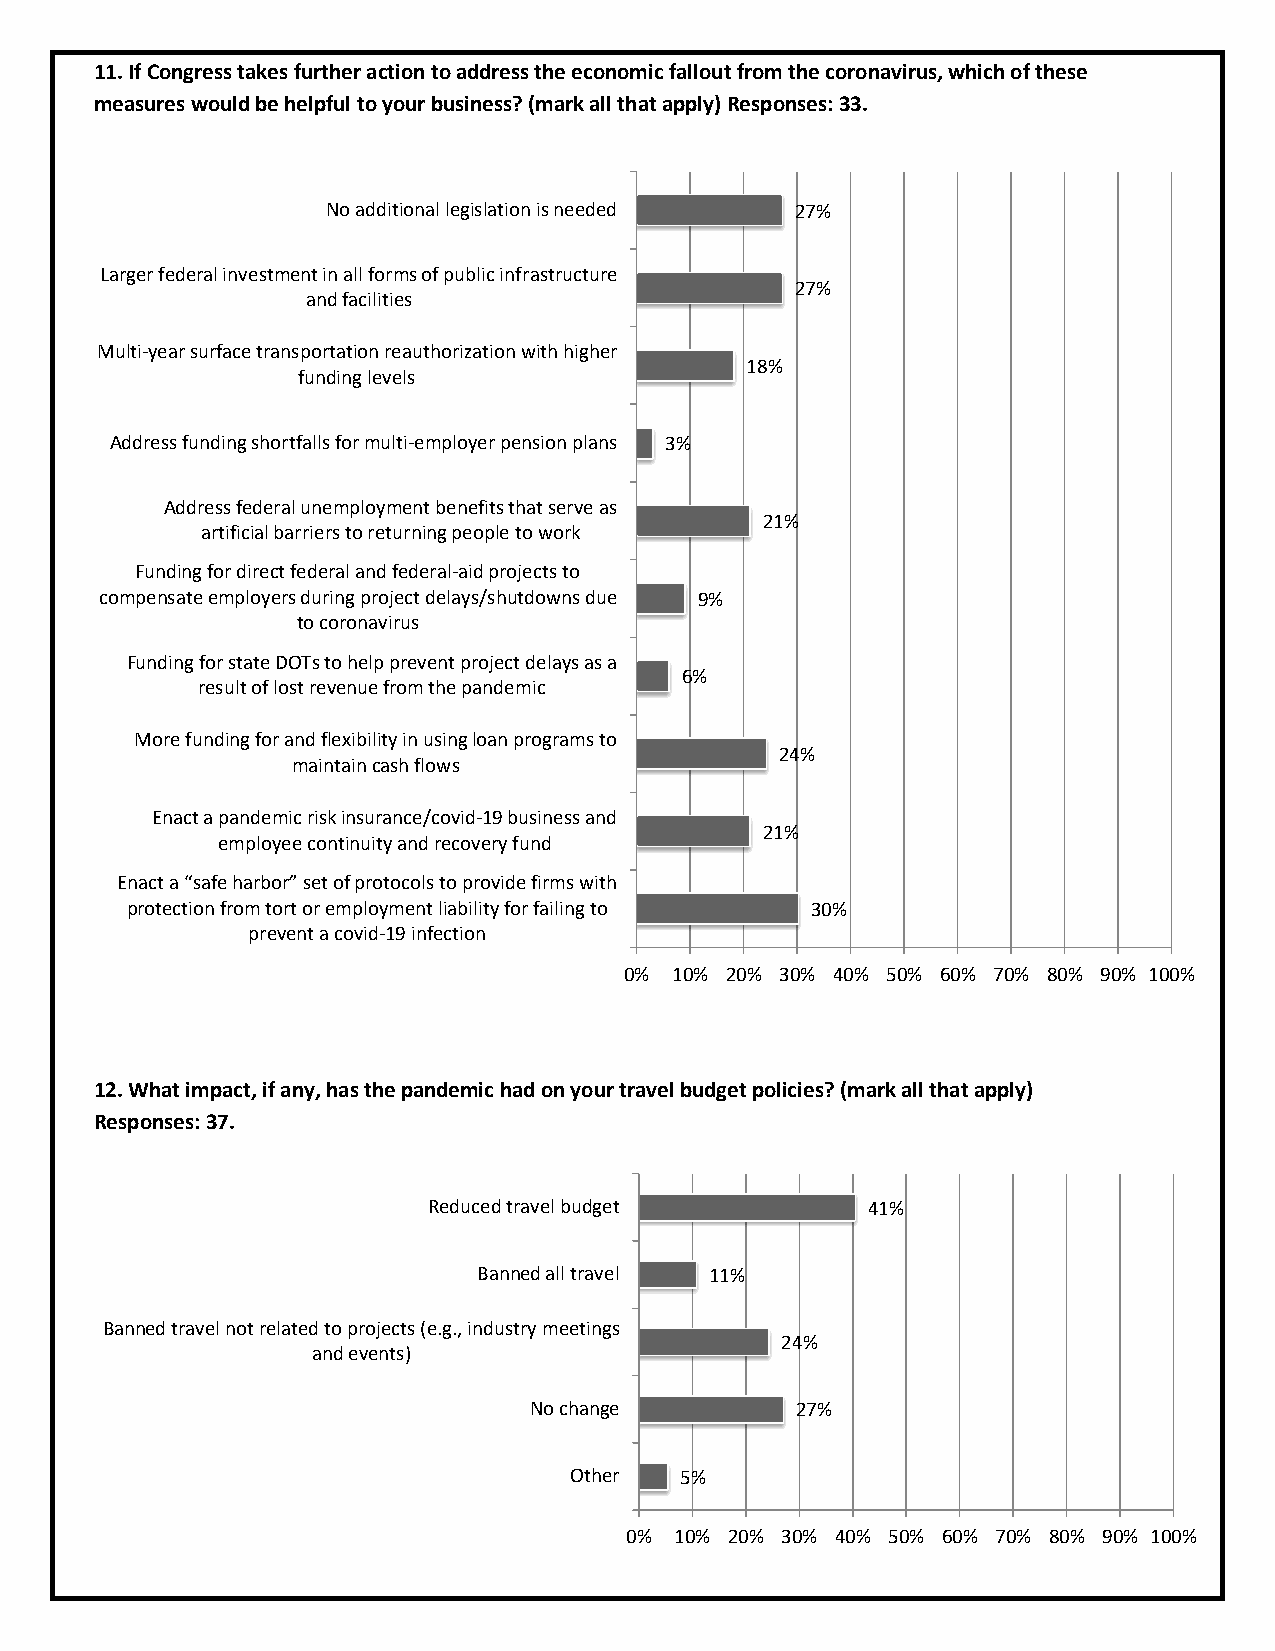
11. If Congress takes further action to address the economic fallout from the coronavirus, which of these
 measures would be helpful to your business? (mark all that apply) Responses: 33.
 No additional legislation is needed 27%
 Larger federal investment in all forms of public infrastructure
 27%
 and facilities
 Multi-year surface transportation reauthorization with higher
 18%
 funding levels
 Address funding shortfalls for multi-employer pension plans 3%
 Address federal unemployment benefits that serve as
 21%
 artificial barriers to returning people to work
 Funding for direct federal and federal-aid projects to
 compensate employers during project delays/shutdowns due 9%
 to coronavirus
 Funding for state DOTs to help prevent project delays as a
 6%
 result of lost revenue from the pandemic
 More funding for and flexibility in using loan programs to
 24%
 maintain cash flows
 Enact a pandemic risk insurance/covid-19 business and
 21%
 employee continuity and recovery fund
 Enact a “safe harbor” set of protocols to provide firms with
 protection from tort or employment liability for failing to 30%
 prevent a covid-19 infection
 0% 10% 20% 30% 40% 50% 60% 70% 80% 90% 100%
 12. What impact, if any, has the pandemic had on your travel budget policies? (mark all that apply)
 Responses: 37.
 Reduced travel budget        41%
 Banned all travel 11%
 Banned travel not related to projects (e.g., industry meetings
 24%
 and events)
 No change         27%
 Other  5%
 0%  10% 20% 30% 40% 50% 60% 70% 80% 90% 100%